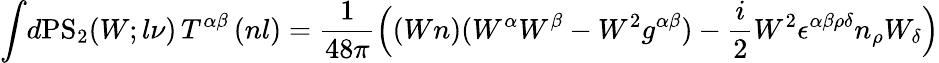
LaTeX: \int\! d\mathrm{PS}_{2}(W;l\nu)\, T^{\alpha\beta}\, (nl)=\frac{1}{48\pi}\Big((Wn)(W^{\alpha}W^{\beta}-W^{2}g^{\alpha\beta})-\frac{i}{2}W^{2}\epsilon^{\alpha\beta\rho\delta}n_{\rho}W_{\delta}\Big)